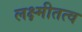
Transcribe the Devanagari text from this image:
लक्ष्मीतत्व